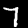
Digit: 7